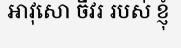
អាវុសោ ចីវរ របស់ ខ្ញុំ